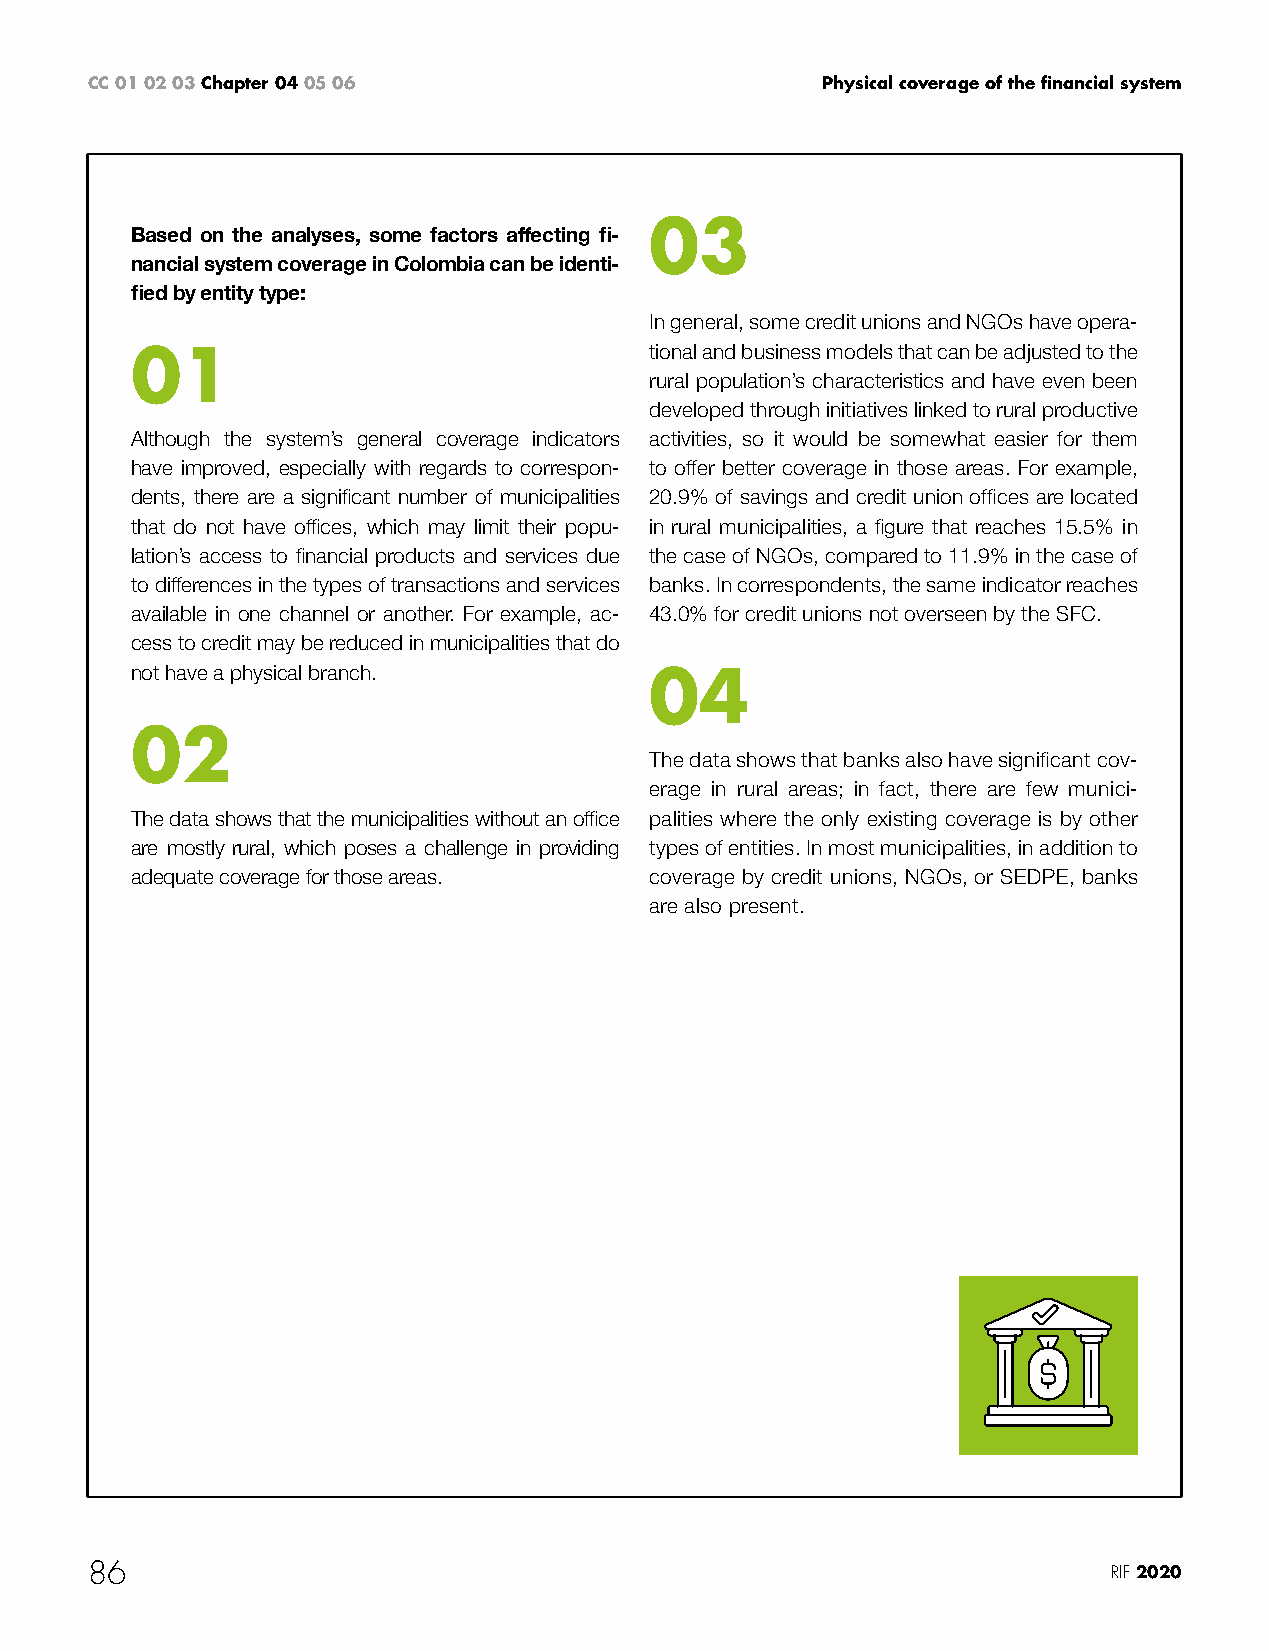
CC 01 02 03 Chapter 04 05 06                    Physical coverage of the financial system
 03
 Based on the analyses, some factors affecting fi-
 nancial system coverage in Colombia can be identi-
 fied by entity type:
 In general, some credit unions and NGOs have opera-
 01                                tional and business models that can be adjusted to the
 rural population’s characteristics and have even been
 developed through initiatives linked to rural productive
 Although the system’s general coverage indicators activities, so it would be somewhat easier for them
 have improved, especially with regards to correspon- to offer better coverage in those areas. For example,
 dents, there are a significant number of municipalities 20.9% of savings and credit union offices are located
 that do not have offices, which may limit their popu- in rural municipalities, a figure that reaches 15.5% in
 lation’s access to financial products and services due the case of NGOs, compared to 11.9% in the case of
 to differences in the types of transactions and services banks. In correspondents, the same indicator reaches
 available in one channel or another. For example, ac- 43.0% for credit unions not overseen by the SFC.
 cess to credit may be reduced in municipalities that do
 not have a physical branch.       04
 02
 The data shows that banks also have significant cov-
 erage in rural areas; in fact, there are few munici-
 The data shows that the municipalities without an office palities where the only existing coverage is by other
 are mostly rural, which poses a challenge in providing types of entities. In most municipalities, in addition to
 adequate coverage for those areas. coverage by credit unions, NGOs, or SEDPE, banks
 are also present.
 86                                                                  RIF 2020